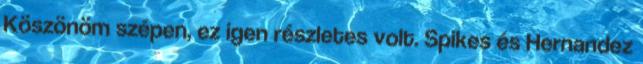
Köszönöm szépen, ez igen részletes volt. Spikes és Hernandez